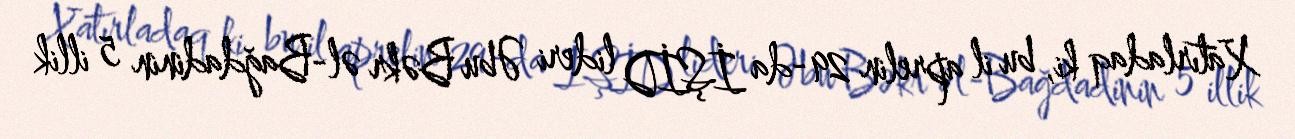
Xatırladaq ki, bu il aprelin 29-da İŞİD lideri Əbu Bəkr əl-Bağdadinin 5 illik